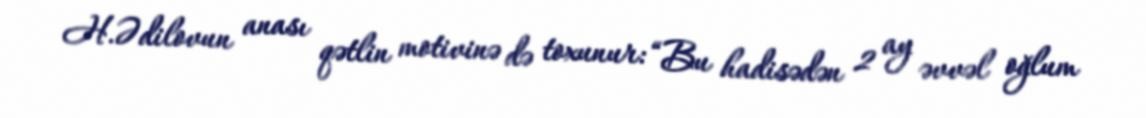
H.Ədilovun anası qətlin motivinə də toxunur: “Bu hadisədən 2 ay əvvəl oğlum